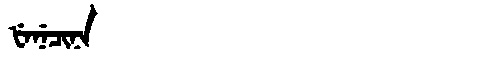
Manchu: ᡶᡝᠨᡝᠴᡳᠨᠠ
Romanization: FENECINA